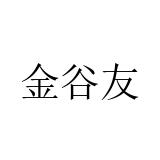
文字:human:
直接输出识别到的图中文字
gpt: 金谷友